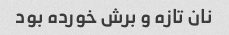
نان تازه و برش خورده بود